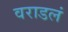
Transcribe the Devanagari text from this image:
वराडलं